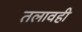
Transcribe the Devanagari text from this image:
तलावही